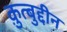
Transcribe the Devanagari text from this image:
क़ुत्बुद्दीन